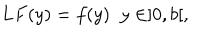
L F ( y ) = f ( y ) \; \; y \in ] 0 , b [ ,